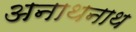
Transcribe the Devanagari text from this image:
अनाथनाथ